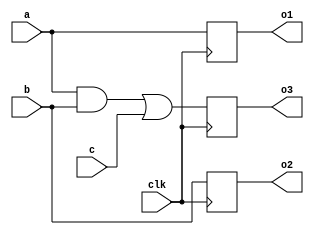
`timescale 1ns / 1ps


module PE(a,b,c,o1,o2,o3,clk);
    input clk;
    input a,b,c; //a,b,c are the floating point numeber
    output reg o1,o2;
    output reg o3;
    reg mul;
    always@(posedge clk)
        begin
            mul=a&b;
            o1=a;
            o2=b;
            o3=mul|c;
        end
    endmodule